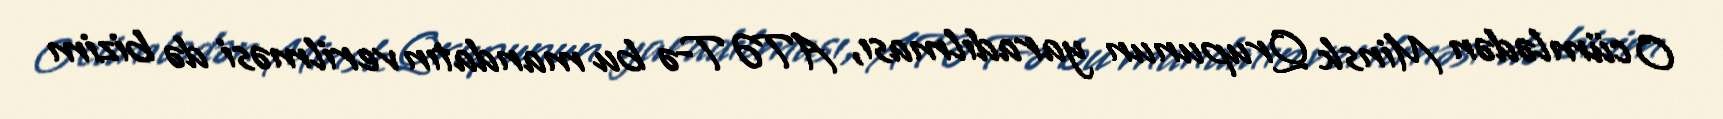
O cümlədən Minsk Qrupunun yaradılması, ATƏT-ə bu mandatın verilməsi də bizim